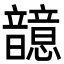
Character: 䪰